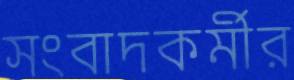
সংবাদকর্মীর